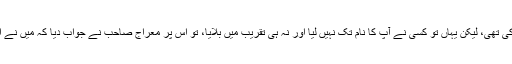
افتتاح کے موقعہ پر کسی نے ان سے کہا کہ یہ تحریک تو آپ نے شروع کی تھی، لیکن یہاں تو کسی نے آپ کا نام تک نہیں لیا اور نہ ہی تقریب میں بلایا، تو اس پر معراج صاحب نے جواب دیا کہ میں نے اپنے نام کے لئے نہیں بلکہ علاقے کے بچوں کے لئے یہ جدوجہد کی تھی۔